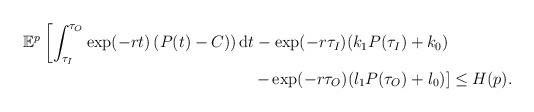
LaTeX: \begin{align*}\begin{aligned}\mathbb{E}^p\left[\int_{\tau_I}^{\tau_O}\exp(-rt)\left(P(t)-C)\right)\mathrm{d}t-\exp(-r \tau_I)(k_1P(\tau_I)+k_0)\right.&\\\left.-\exp(-r \tau_O)(l_1P(\tau_O)+l_0)\right]&\leq H(p).\end{aligned}\end{align*}